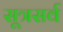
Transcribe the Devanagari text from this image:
सूत्रसर्व